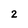
Character: 2